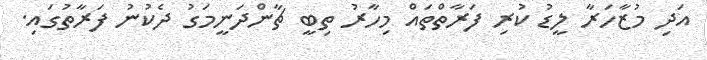
އަދި މުޒާހަރާ ލީޑު ކުރި ފަރާތްތައް މިހާރު ތިބީ ޗާންދަނީމަގު ދެކުނު ފަރާތުގައި.